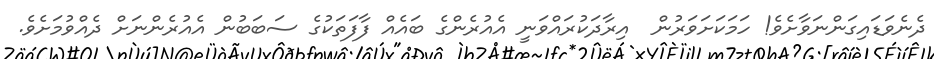
ދެނެވަޑައިގަންނަވާށެވެ! ހަމަކަށަވަރުން  އިރާދަކުރައްވަނީ އެއުރެންގެ ބައެއް ފާފަތަކުގެ ސަބަބުން އެއުރެންނަށް ދެއްވުމަށެވެ.